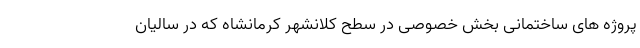
پروژه های ساختمانی بخش خصوصی در سطح کلانشهر کرمانشاه که در سالیان